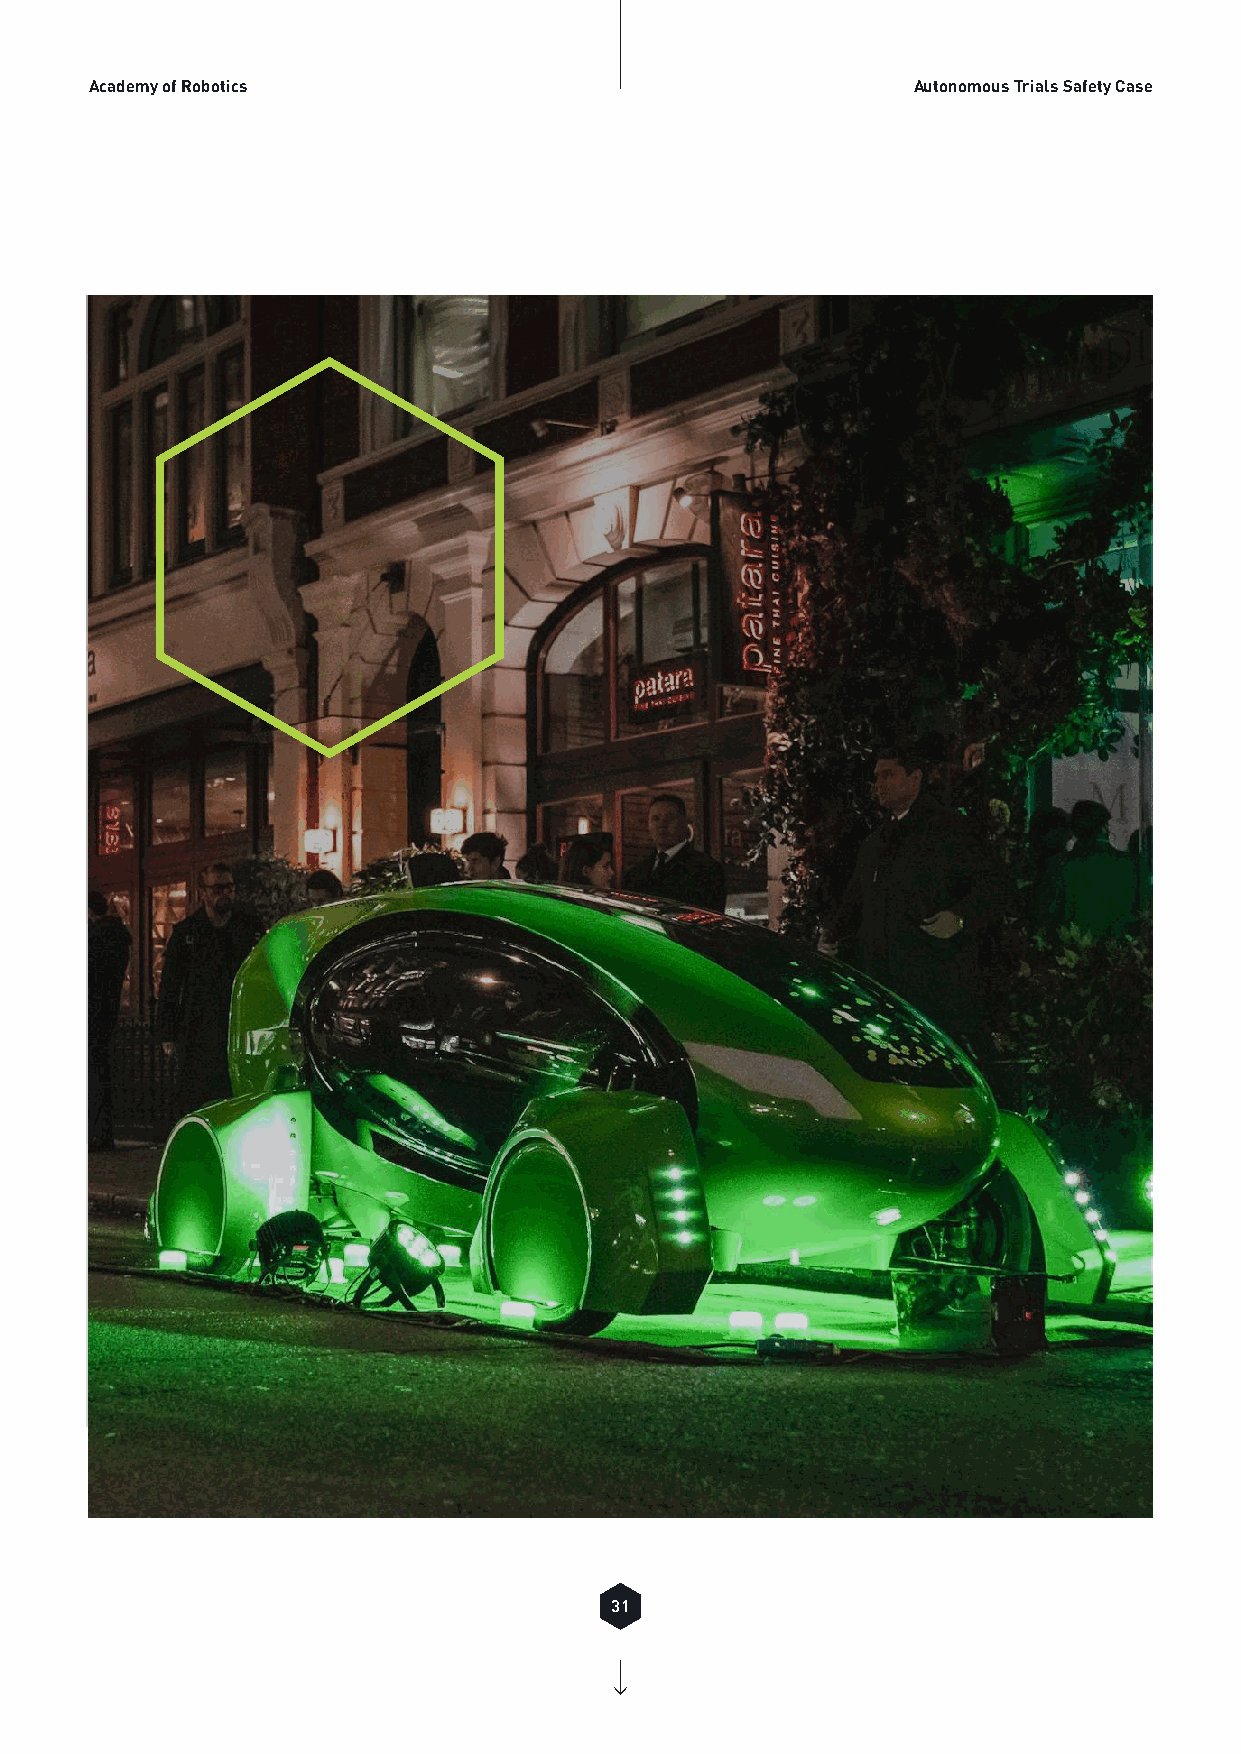
Academy of Robotics                                   Autonomous Trials Safety Case
 31